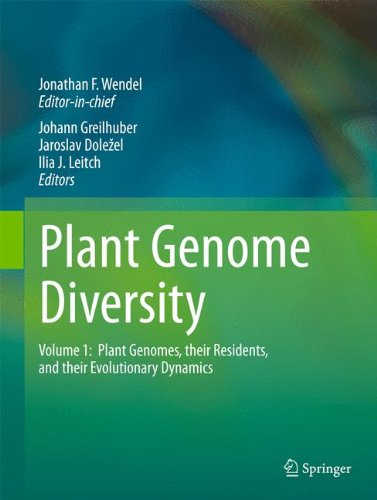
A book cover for Plant Genome Diversity Volume 1: Plant Genomes, their Residents, and their Evolutionary Dynamics; Science & Math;